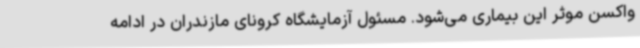
واکسن موثر این بیماری می‌شود. مسئول آزمایشگاه کرونای مازندران در ادامه